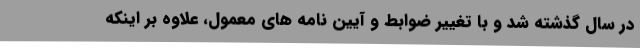
در سال گذشته شد و با تغییر ضوابط و آیین نامه های معمول، علاوه بر اینکه